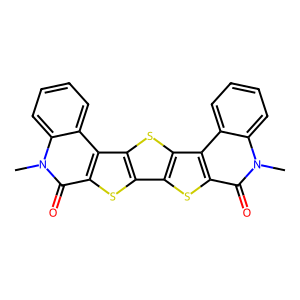
SMILES: Cn1c(=O)c2sc3c4sc5c(=O)n(C)c6ccccc6c5c4sc3c2c2ccccc21
Inhibits HIV replication: No